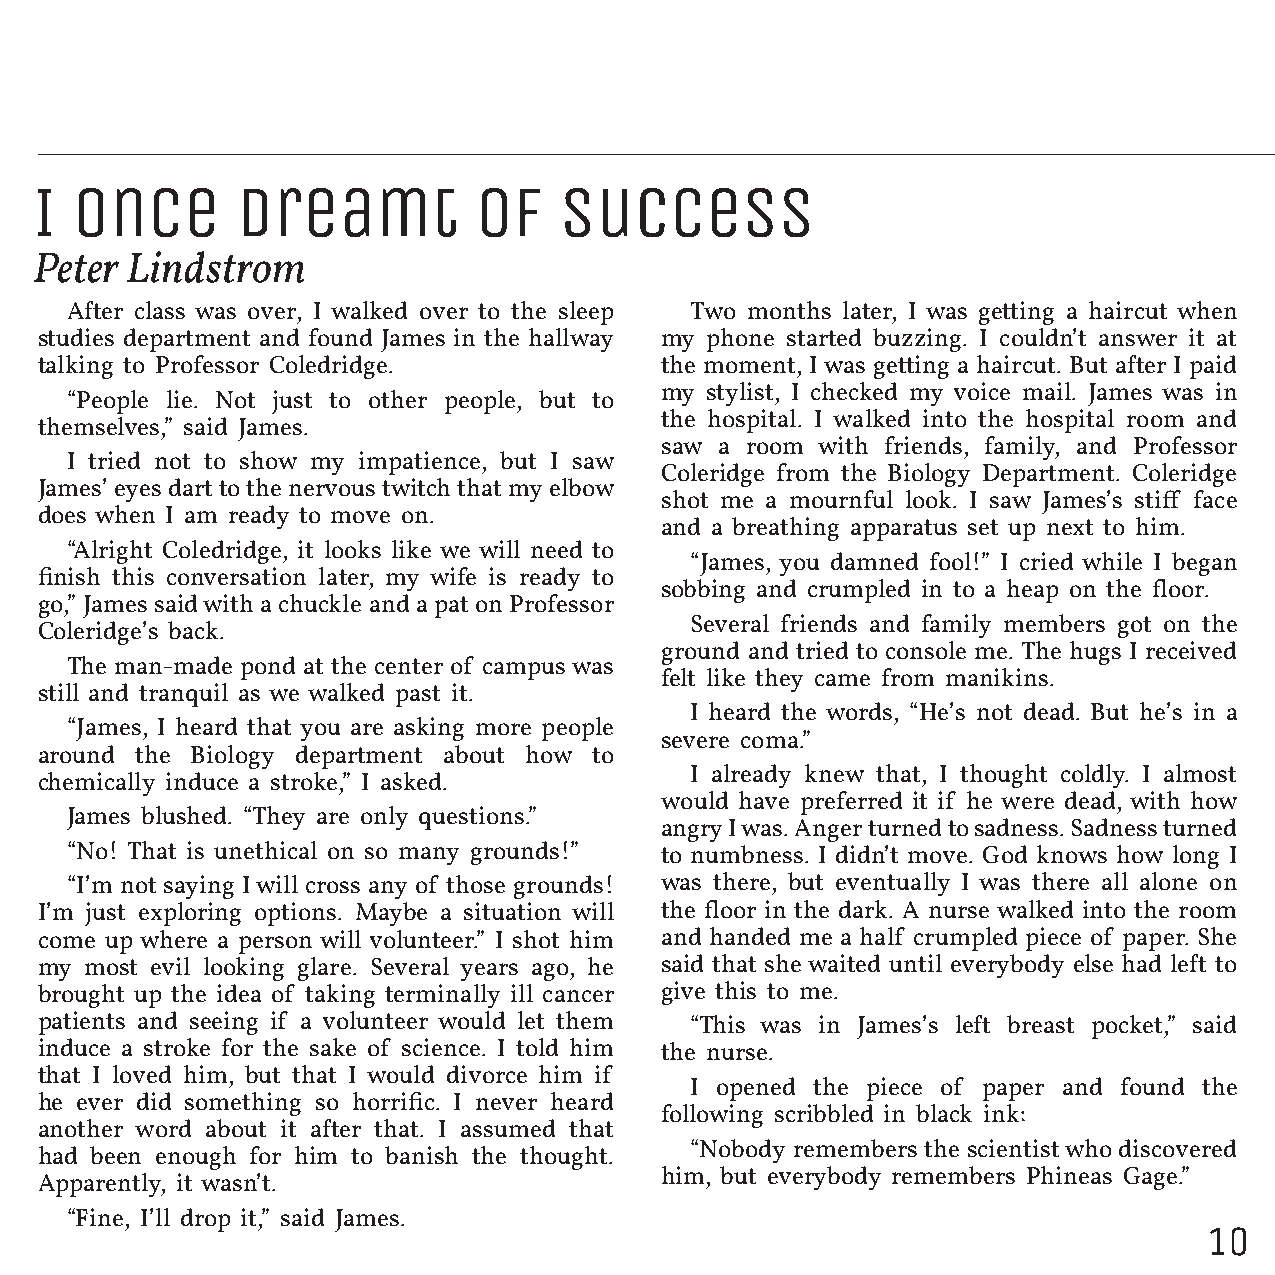
I  Once       Dreamt         of    Success
 Peter Lindstrom
 After class was over, I walked over to the sleep Two months later, I was getting a haircut when
 studies department and found James in the hallway my phone started buzzing. I couldn’t answer it at
 talking to Professor Coledridge.          the moment, I was getting a haircut. But after I paid
 my stylist, I checked my voice mail. James was in
 “People lie. Not just to other people, but to
 the hospital. I walked into the hospital room and
 themselves,” said James.
 saw a room with friends, family, and Professor
 I tried not to show my impatience, but I saw
 Coleridge from the Biology Department. Coleridge
 James’ eyes dart to the nervous twitch that my elbow
 shot me a mournful look. I saw James’s stiff face
 does when I am ready to move on.
 and a breathing apparatus set up next to him.
 “Alright Coledridge, it looks like we will need to
 “James, you damned fool!” I cried while I began
 finish this conversation later, my wife is ready to
 sobbing and crumpled in to a heap on the floor.
 go,” James said with a chuckle and a pat on Professor
 Several friends and family members got on the
 Coleridge’s back.
 ground and tried to console me. The hugs I received
 The man-made pond at the center of campus was
 felt like they came from manikins.
 still and tranquil as we walked past it.
 I heard the words, “He’s not dead. But he’s in a
 “James, I heard that you are asking more people
 severe coma.”
 around the Biology department about how to
 I already knew that, I thought coldly. I almost
 chemically induce a stroke,” I asked.
 would have preferred it if he were dead, with how
 James blushed. “They are only questions.”
 angry I was. Anger turned to sadness. Sadness turned
 “No! That is unethical on so many grounds!” to numbness. I didn’t move. God knows how long I
 “I’m not saying I will cross any of those grounds! was there, but eventually I was there all alone on
 I’m just exploring options. Maybe a situation will the floor in the dark. A nurse walked into the room
 come up where a person will volunteer.” I shot him and handed me a half crumpled piece of paper. She
 my  most evil looking glare. Several years ago, he said that she waited until everybody else had left to
 brought up the idea of taking terminally ill cancer give this to me.
 patients and seeing if a volunteer would let them “This was in James’s left breast pocket,” said
 induce a stroke for the sake of science. I told him the nurse.
 that I loved him, but that I would divorce him if
 I opened the piece of paper and found the
 he ever did something so horrific. I never heard
 following scribbled in black ink:
 another word about it after that. I assumed that
 “Nobody remembers the scientist who discovered
 had been enough for him to banish the thought.
 him, but everybody remembers Phineas Gage.”
 Apparently, it wasn’t.
 “Fine, I’ll drop it,” said James.
 10